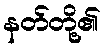
နတ်တို့၏